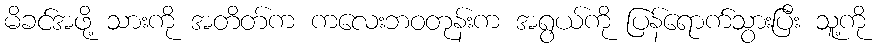
မိခင်အဖို့ သားကို အတိတ်က ကလေးဘဝတုန်းက အရွယ်ကို ပြန်ရောက်သွားပြီး သူ့ကို